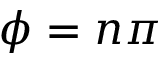
\phi = n \pi